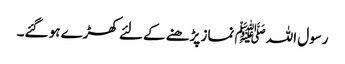
رسول اللہﷺ نماز پڑھنے کے لئے کھڑے ہو گئے۔